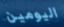
اليومين